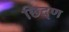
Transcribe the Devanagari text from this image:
छिद्ण